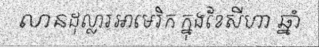
លានដុល្លារអាមេរិក ក្នុងខែសីហា ឆ្នាំ